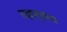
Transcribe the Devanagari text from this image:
राहण्यांचा